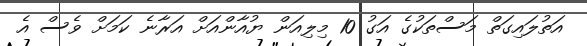
އަތުލައިގަތް މަސްތަކުގެ އަގު 10 މިލިއަން ޔުއާންއަށް އަރާނެ ކަމަށް ވެސް އެ